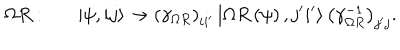
LaTeX: \Omega R : \left| \psi , i j \right> \rightarrow \left( \gamma _ { \Omega R } \right) _ { i i ^ { \prime } } \left| \Omega R \left( \psi \right) , j ^ { \prime } i ^ { \prime } \right> \left( \gamma _ { \Omega R } ^ { - 1 } \right) _ { j ^ { \prime } j } .